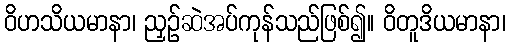
ဝိဟသိယမာနာ၊ ညှဉ်ဆဲအပ်ကုန်သည်ဖြစ်၍။ ဝိတူဒိယမာနာ၊